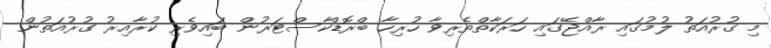
މި ގުރުއަތު ލުމުގައި ރާއްޖޭގައި ހަރަކާތްތެރިވާ ހުރިހާ ބްރޮޑްކާސްޓަރުން ބައިވެރި ކުރާއިރު ގުރުއަތުން